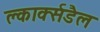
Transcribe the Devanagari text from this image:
क्लार्क्सडैल